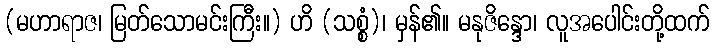
(မဟာရာဇ၊ မြတ်သောမင်းကြီး။) ဟိ (သစ္စံ)၊ မှန်၏။ မနုဇိန္ဒော၊ လူအပေါင်းတို့ထက်